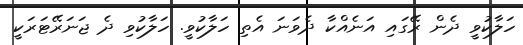
ހަލާކުވީ ދެން ރޭގައި އަނެއްކާ ދެވަނަ އެތި ހަލާކުވީ. ހަލާކުވި ދެ ޖަނަރޭޓަރަކީ